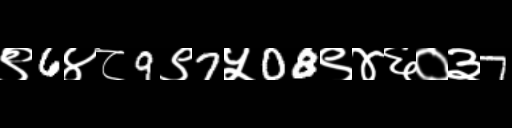
Text: ९6४८9९7५08९४६०३7